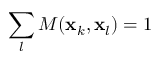
\sum _ { l } M ( \mathbf { x } _ { k } , \mathbf { x } _ { l } ) = 1